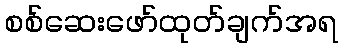
စစ်ဆေးဖော်ထုတ်ချက်အရ